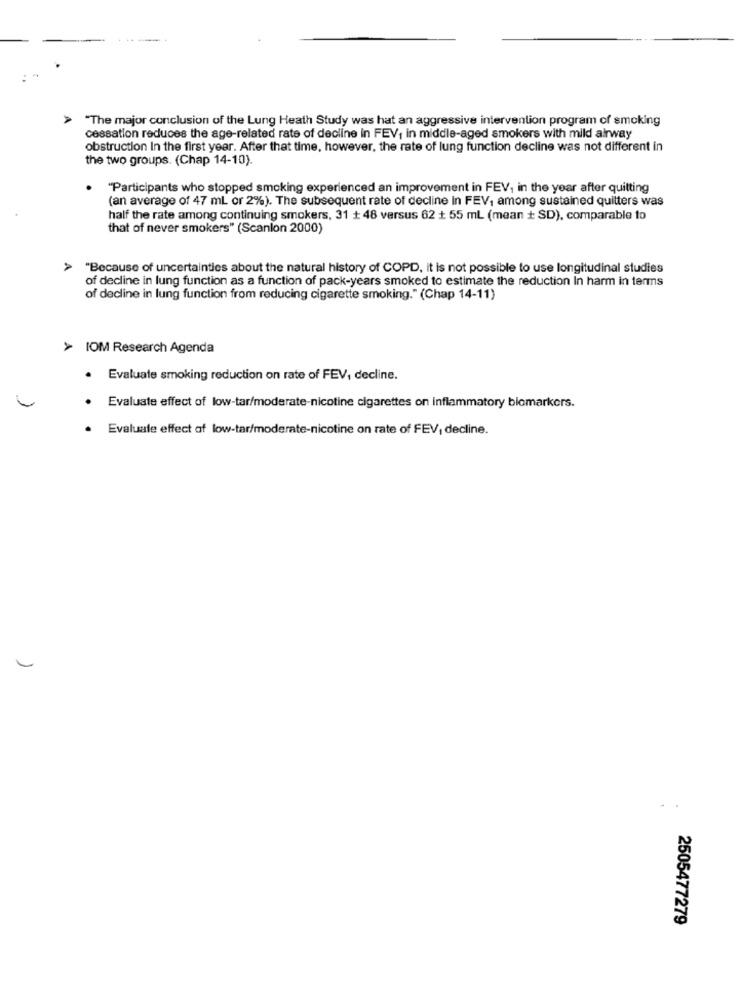
> "The major conclusion of the Lung Heath Study was hat an aggressive intervention program of smoking
cessation reduces the age-related rate of decline in FEV, in middle-aged smokers with mild airway
obstruction In the first year. After that time, however, the rate of lung function decline was not different in
the two groups. (Chap 14-10).
"Participants who stopped smoking experienced an improvement in FEV, in the year after quitting
(an average of 47 mL or 2%). The subsequent rate of decline in FEV, among sustained quilters was
half the rate among continuing smokers, 31 + 48 versus 62 + 55 mL (mean + SD), comparable to
that of never smokers" (Scanlon 2000)
"Because of uncertainties about the natural history of COPD, it is not possible to use longitudinal studies
of decline in lung function as a function of pack-years smoked to estimate the reduction In harm in terms
of decline in lung function from reducing cigarette smoking." (Chap 14-11)
> IOM Research Agenda
· Evaluate smoking reduction on rate of FEV, decline.
Evaluate effect of low-tar/moderate-nicotine cigarettes on inflammatory biomarkers.
Evaluate effect of low-tar/moderate-nicotine on rate of FEV, decline.
2505477279